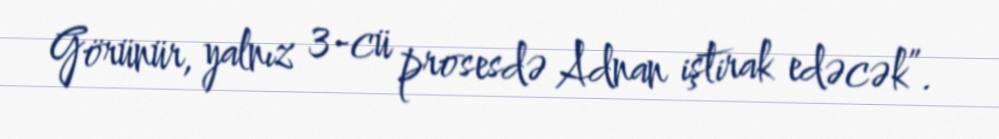
Görünür, yalnız 3-cü prosesdə Adnan iştirak edəcək”.